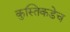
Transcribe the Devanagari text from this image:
कुस्तिकडेच